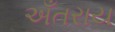
અઁતરાય